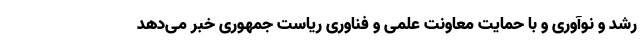
رشد و نوآوری و با حمایت معاونت علمی و فناوری ریاست جمهوری خبر می‌دهد